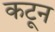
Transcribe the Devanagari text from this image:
कटून